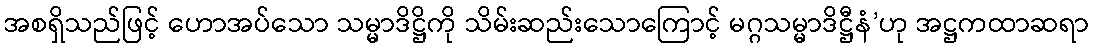
အစရှိသည်ဖြင့် ဟောအပ်သော သမ္မာဒိဋ္ဌိကို သိမ်းဆည်းသောကြောင့် မဂ္ဂသမ္မာဒိဋ္ဌီနံ’ဟု အဋ္ဌကထာဆရာ